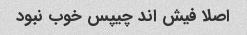
اصلا فیش اند چیپس خوب نبود